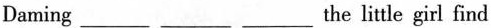
Daming ___ ___ ___the little girl find